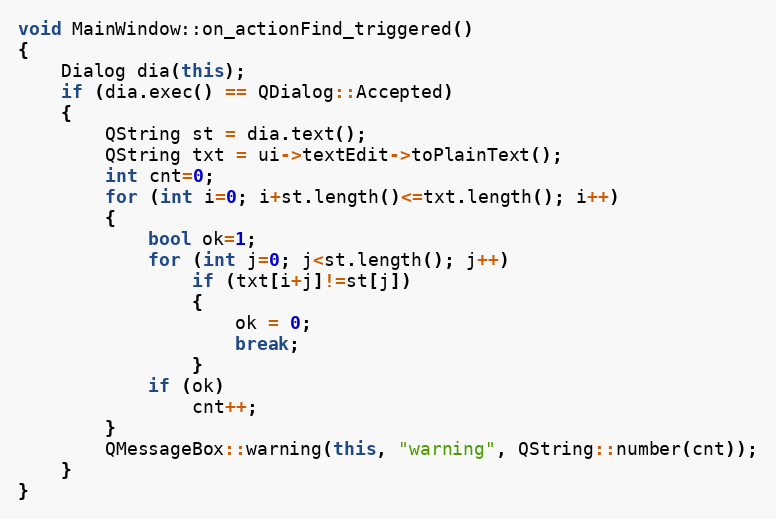
Language: C++
void MainWindow::on_actionFind_triggered()
{
    Dialog dia(this);
    if (dia.exec() == QDialog::Accepted)
    {
        QString st = dia.text();
        QString txt = ui->textEdit->toPlainText();
        int cnt=0;
        for (int i=0; i+st.length()<=txt.length(); i++)
        {
            bool ok=1;
            for (int j=0; j<st.length(); j++)
                if (txt[i+j]!=st[j])
                {
                    ok = 0;
                    break;
                }
            if (ok)
                cnt++;
        }
        QMessageBox::warning(this, "warning", QString::number(cnt));
    }
}